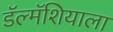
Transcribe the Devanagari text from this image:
डॅल्मॅशियाला